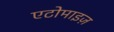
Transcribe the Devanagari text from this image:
एटोमाइज़